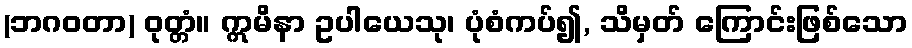
(ဘဂဝတာ) ဝုတ္တံ။ ဣမိနာ ဥပါယေသု၊ ပုံစံကပ်၍, သိမှတ် ကြောင်းဖြစ်သော